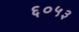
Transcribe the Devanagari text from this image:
६०५३